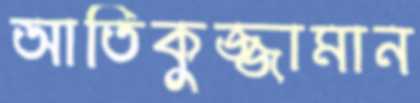
আতিকুজ্জামান